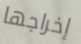
إخراجها